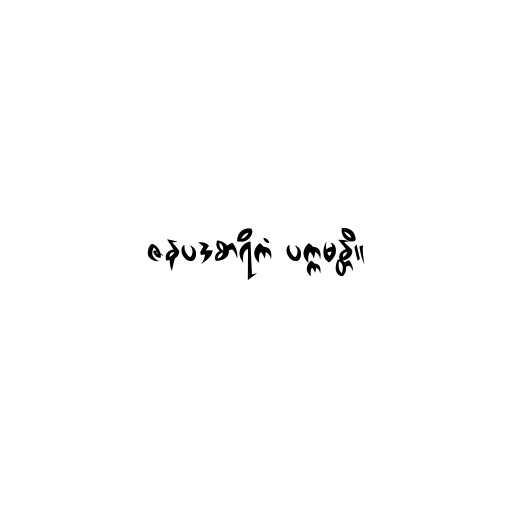
ဇနပဒစာရိကံ ပက္ကမန္တိ။